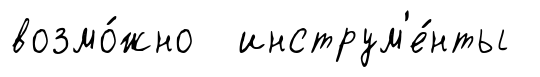
возмо́жно инструм'е́нты